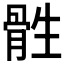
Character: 𮪨